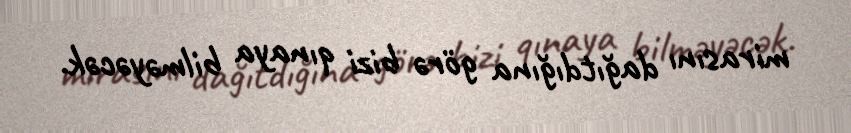
mirasını dağıtdığına görə bizi qınaya bilməyəcək.